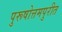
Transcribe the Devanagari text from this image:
पुरूषोत्तमपुरीत